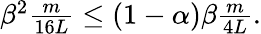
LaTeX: \begin{array}{r}{\beta^{2}\frac{m}{16L}\leq(1-\alpha)\beta\frac{m}{4L}.}\end{array}